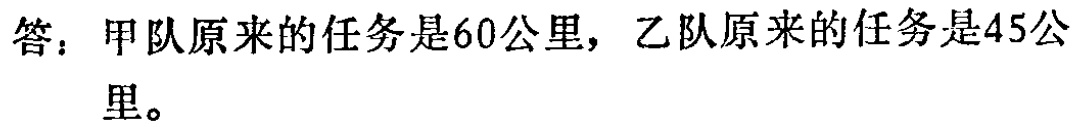
答：甲队原来的任务是60公里，乙队原来的任务是45公里。